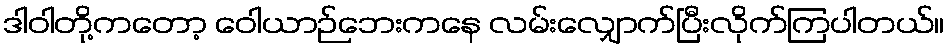
ဒါဝါတို့ကတော့ ဝေါယာဉ်ဘေးကနေ လမ်းလျှောက်ပြီးလိုက်ကြပါတယ်။